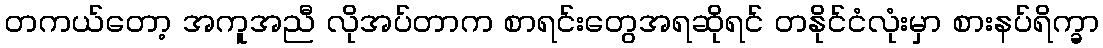
တကယ်တော့ အကူအညီ လိုအပ်တာက စာရင်းတွေအရဆိုရင် တနိုင်ငံလုံးမှာ စားနပ်ရိက္ခာ